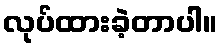
လုပ်ထားခဲ့တာပါ။